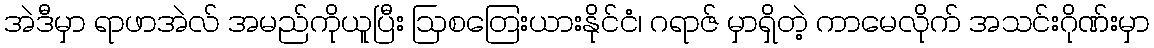
အဲဒီမှာ ရာဖာအဲလ် အမည်ကိုယူပြီး ဩစတြေးယားနိုင်ငံ၊ ဂရာဇ် မှာရှိတဲ့ ကာမေလိုက် အသင်းဂိုဏ်းမှာ